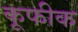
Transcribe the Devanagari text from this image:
कूफीक